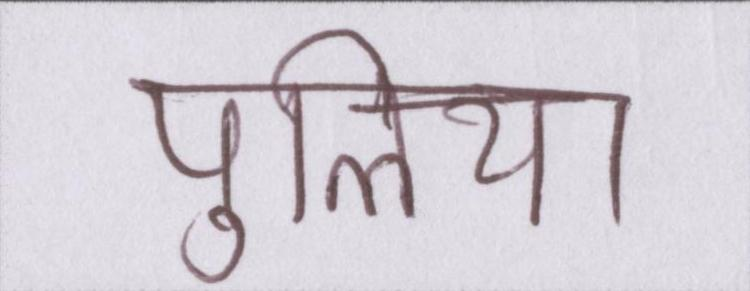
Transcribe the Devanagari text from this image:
पुलिया